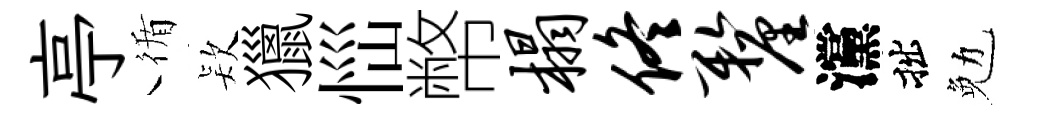
亭循𣣇獵𢙉幣榻佟厘灙拙勉